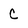
Character: C